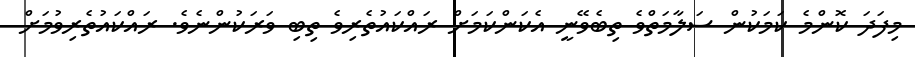
މިފަދަ ކޮންމެ ކަމަކުން ސަލާމަތްވެ ތިބެވޭނީ އެކަންކަމަށް ރައްކައުތެރިވެ ތިބި ވަރަކުންނެވެ. ރައްކައުތެރިވުމަށް